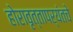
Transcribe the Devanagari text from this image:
होरावृत्तापर्यंतचे